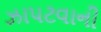
ઝાપટવાની